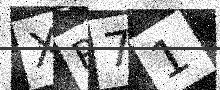
Text: XR71